Indian Civil Veterinary Department memoirs
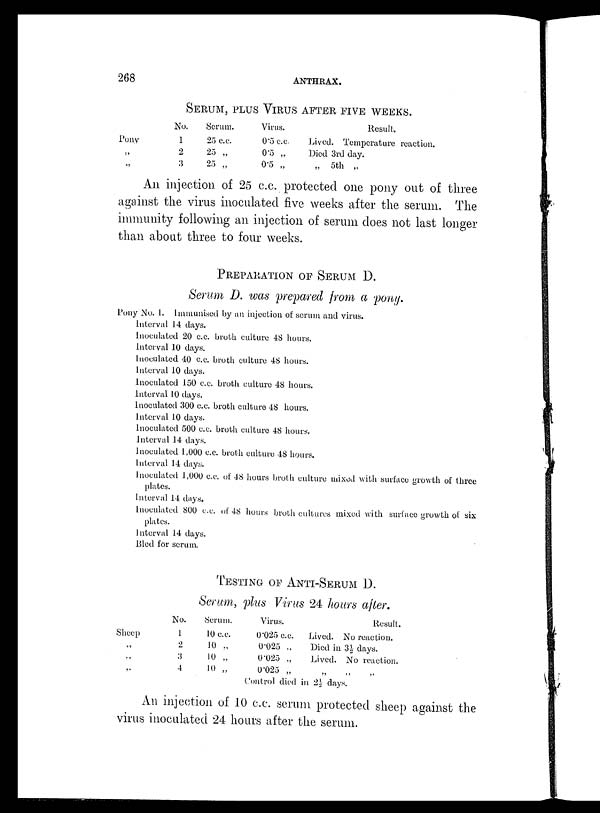
268
ANTHRAX.
SERUM, PLUS VIRUS AFTER FIVE WEEKS.
Pony
„
„
No.
1
2
3
Scrum.
25 c.c.
25 „
25 „
Virus.
0.5 c.c
0.5 „
0.5 „
Result.
Lived. Temperature reaction.
Died 3rd day.
„ 5th „
An injection of 25 c.c. protected one pony out of three
against the virus inoculated five weeks after the serum. The
immunity following an injection of serum does not last longer
than about three to four weeks.
PREPARATION OF SERUM D.
Serum D. was prepared from a pony.
Pony No. 1. Immunised by an injection of serum and virus.
Interval 14 days.
Inoculated 20 c.c. broth culture 48 hours.
Interval 10 days.
Inoculated 40 c.c. broth culture 48 hours.
Interval 10 days.
Inoculated 150 c.c. broth culture 48 hours.
Interval 10 days.
Inoculated 300 c.c. broth culture 48 hours.
Interval 10 days.
Inoculated 500 c.c. broth culture 48 hours,
interval 14 days.
Inoculated 1,000 c.c. broth culture 48 hours.
Interval 14 days.
Inoculated 1,000 c.c. of 48 hours broth culture mixed with surface growth of three
plates.
interval 14 days.
Inoculated 800 c.c. of 48 hours broth cultures mixed with surface growth of six
plates.
Interval 14 days.
Bled for serum,
TESTING OF ANTI-SERUM D.
Serum, plus Virus 24 hours after.
Sheep
„
„
„
No.
1
2
3
4
Serum.
10 c.c.
10 „
10 „
10 „
Virus.
0.025 c.c.
0.025 „
0.025 „
0.025 „
Result.
Lived. No reaction.
Died in 3½ days.
Lived. No reaction.
„ „ „
Control died in 2½ days.
An injection of 10 c.c. serum protected sheep against the
virus inoculated 24 hours after the serum.